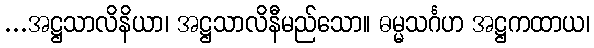
...အဋ္ဌသာလိနိယာ၊ အဋ္ဌသာလိနီမည်သော။ ဓမ္မသင်္ဂဟ အဋ္ဌကထာယ၊